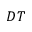
D T